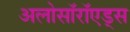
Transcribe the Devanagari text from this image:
अलोसॉरॉएड्स